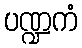
ပဏ္ဍကံ